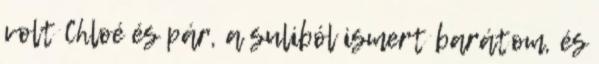
volt Chloé és pár, a suliból ismert barátom, és